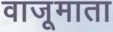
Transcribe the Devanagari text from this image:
वाजूमाता